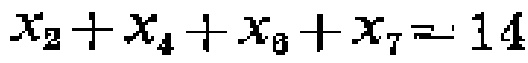
\(x_{2}+x_{4}+x_{6}+x_{7}=14\)